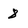
Character: 8